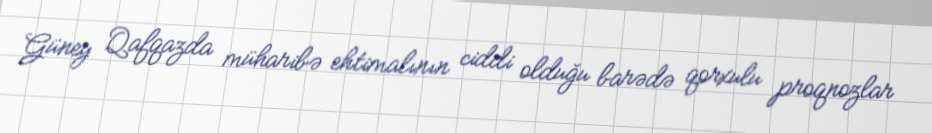
Güney Qafqazda müharibə ehtimalının ciddi olduğu barədə qorxulu proqnozlar